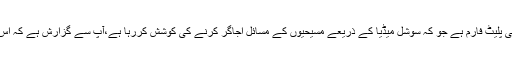
مسیحی میڈیا بھی ایک ایسا ہی پلیٹ فارم ہے جو کہ سوشل میڈیا کے ذریعے مسیحیوں کے مسائل اجاگر کرنے کی کوشش کررہا ہے،آپ سے گزارش ہے کہ اس مشن میں ہماری مدد کریں۔